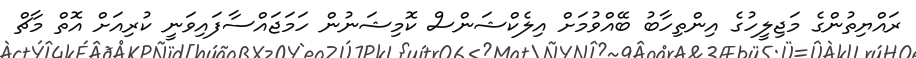
ރައްޔިތުންގެ މަޖިލީހުގެ އިންތިހާބު ބޭއްވުމަށް އިލެކްޝަންސް ކޮމިޝަނުން ހަމަޖައްސާފައިވަނީ ކުރިއަށް އޮތް މާޗް